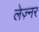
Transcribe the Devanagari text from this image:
लेज़्नर